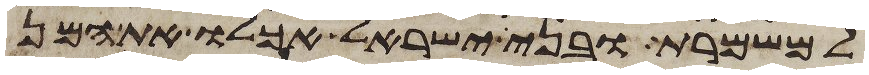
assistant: למשמרת ובני ישראל אכלו את המן